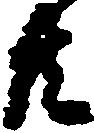
共